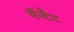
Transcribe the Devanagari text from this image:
मॅन्टैट